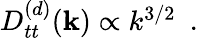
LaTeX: \begin{array}{r}{D_{tt}^{(d)}({\mathbf k})\propto k^{3/2}~~.}\end{array}